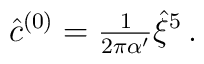
{\hat c}^{(0)} = {\textstyle\frac{1}{2\pi \alpha^\prime}}\hat{\xi}^{5}\, .